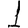
Digit: 1